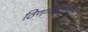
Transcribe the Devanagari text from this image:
ठिणग्यांशिवाय